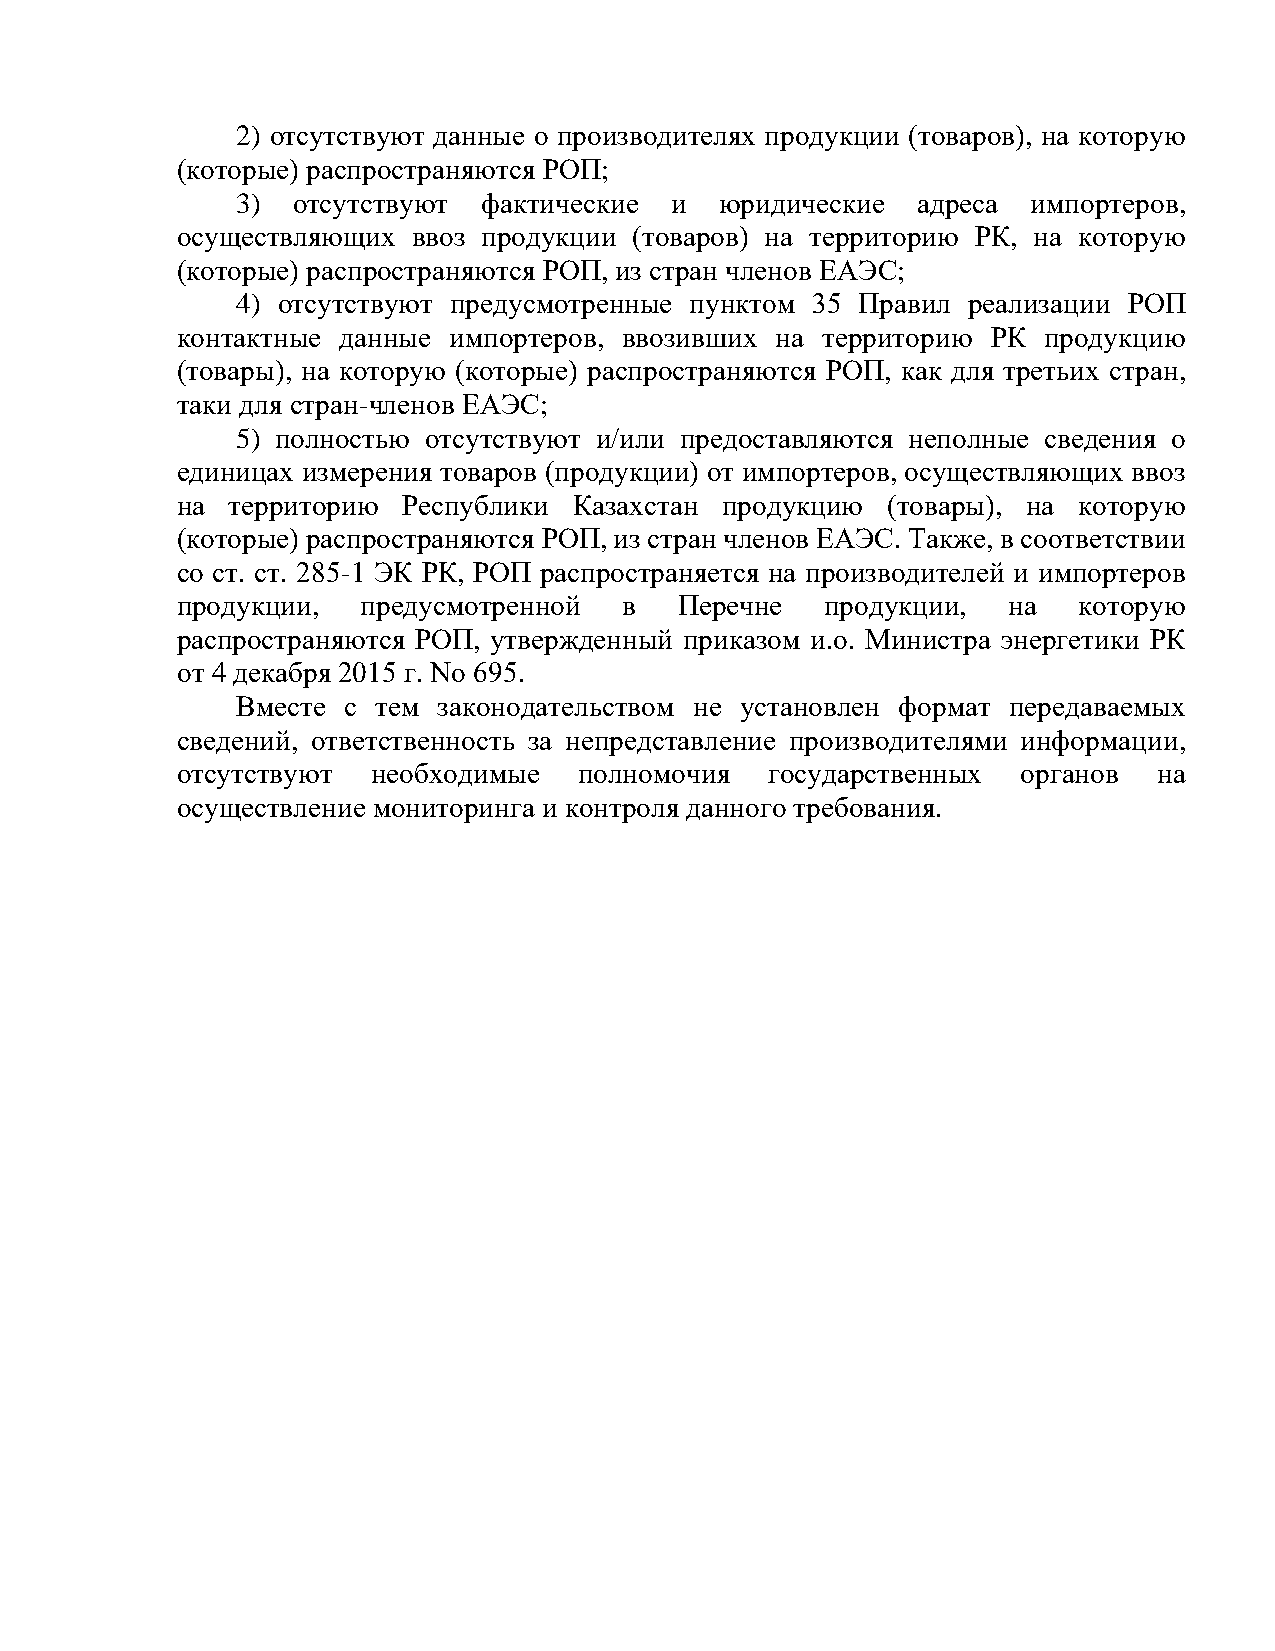
2) отсутствуют данные о производителях продукции (товаров), на которую
 (которые) распространяются РОП;
 3) отсутствуют  фактические и   юридические  адреса импортеров,
 осуществляющих ввоз продукции (товаров) на территорию РК, на которую
 (которые) распространяются РОП, из стран членов ЕАЭС;
 4) отсутствуют предусмотренные пунктом 35 Правил реализации РОП
 контактные данные импортеров, ввозивших на территорию РК продукцию
 (товары), на которую (которые) распространяются РОП, как для третьих стран,
 таки для стран-членов ЕАЭС;
 5) полностью отсутствуют и/или предоставляются неполные сведения о
 единицах измерения товаров (продукции) от импортеров, осуществляющих ввоз
 на территорию  Республики Казахстан продукцию  (товары), на которую
 (которые) распространяются РОП, из стран членов ЕАЭС. Также, в соответствии
 со ст. ст. 285-1 ЭК РК, РОП распространяется на производителей и импортеров
 продукции,  предусмотренной  в   Перечне   продукции,  на  которую
 распространяются РОП, утвержденный приказом и.о. Министра энергетики РК
 от 4 декабря 2015 г. No 695.
 Вместе с тем законодательством не установлен формат передаваемых
 сведений, ответственность за непредставление производителями информации,
 отсутствуют  необходимые  полномочия   государственных  органов  на
 осуществление мониторинга и контроля данного требования.